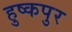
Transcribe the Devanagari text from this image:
हुष्कपुर